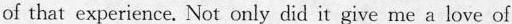
of that experience. Not only did it give me alove of